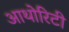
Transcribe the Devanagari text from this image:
आथोरिटी